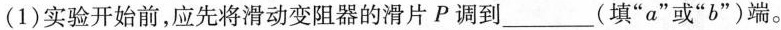
(1)实验开始前，应先将滑动变阻器的滑片P调到___(填”a”或”b”)端。